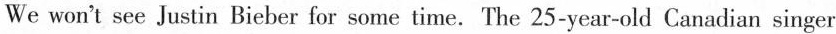
We won't see Justin Bieber for some time. The 25-year-old Canadian singer